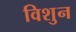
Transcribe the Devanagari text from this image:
विशुन